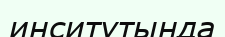
инситутында